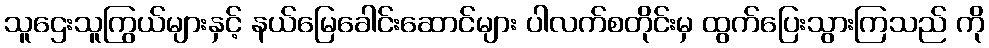
သူဌေးသူကြွယ်များနှင့် နယ်မြေခေါင်းဆောင်များ ပါလက်စတိုင်းမှ ထွက်ပြေးသွားကြသည် ကို